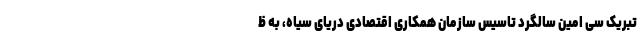
تبریک سی امین سالگرد تاسیس سازمان همکاری اقتصادی دریای سیاه، به ظ